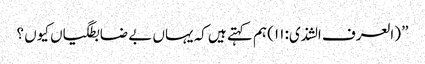
” (العرف الشذی: ۱۱) ہم کہتے ہیں کہ یہاں بے ضابطگیاں کیوں ؟